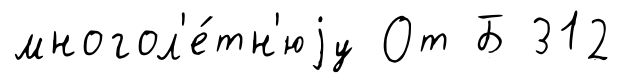
многол'е́тн'юjу От Б 312